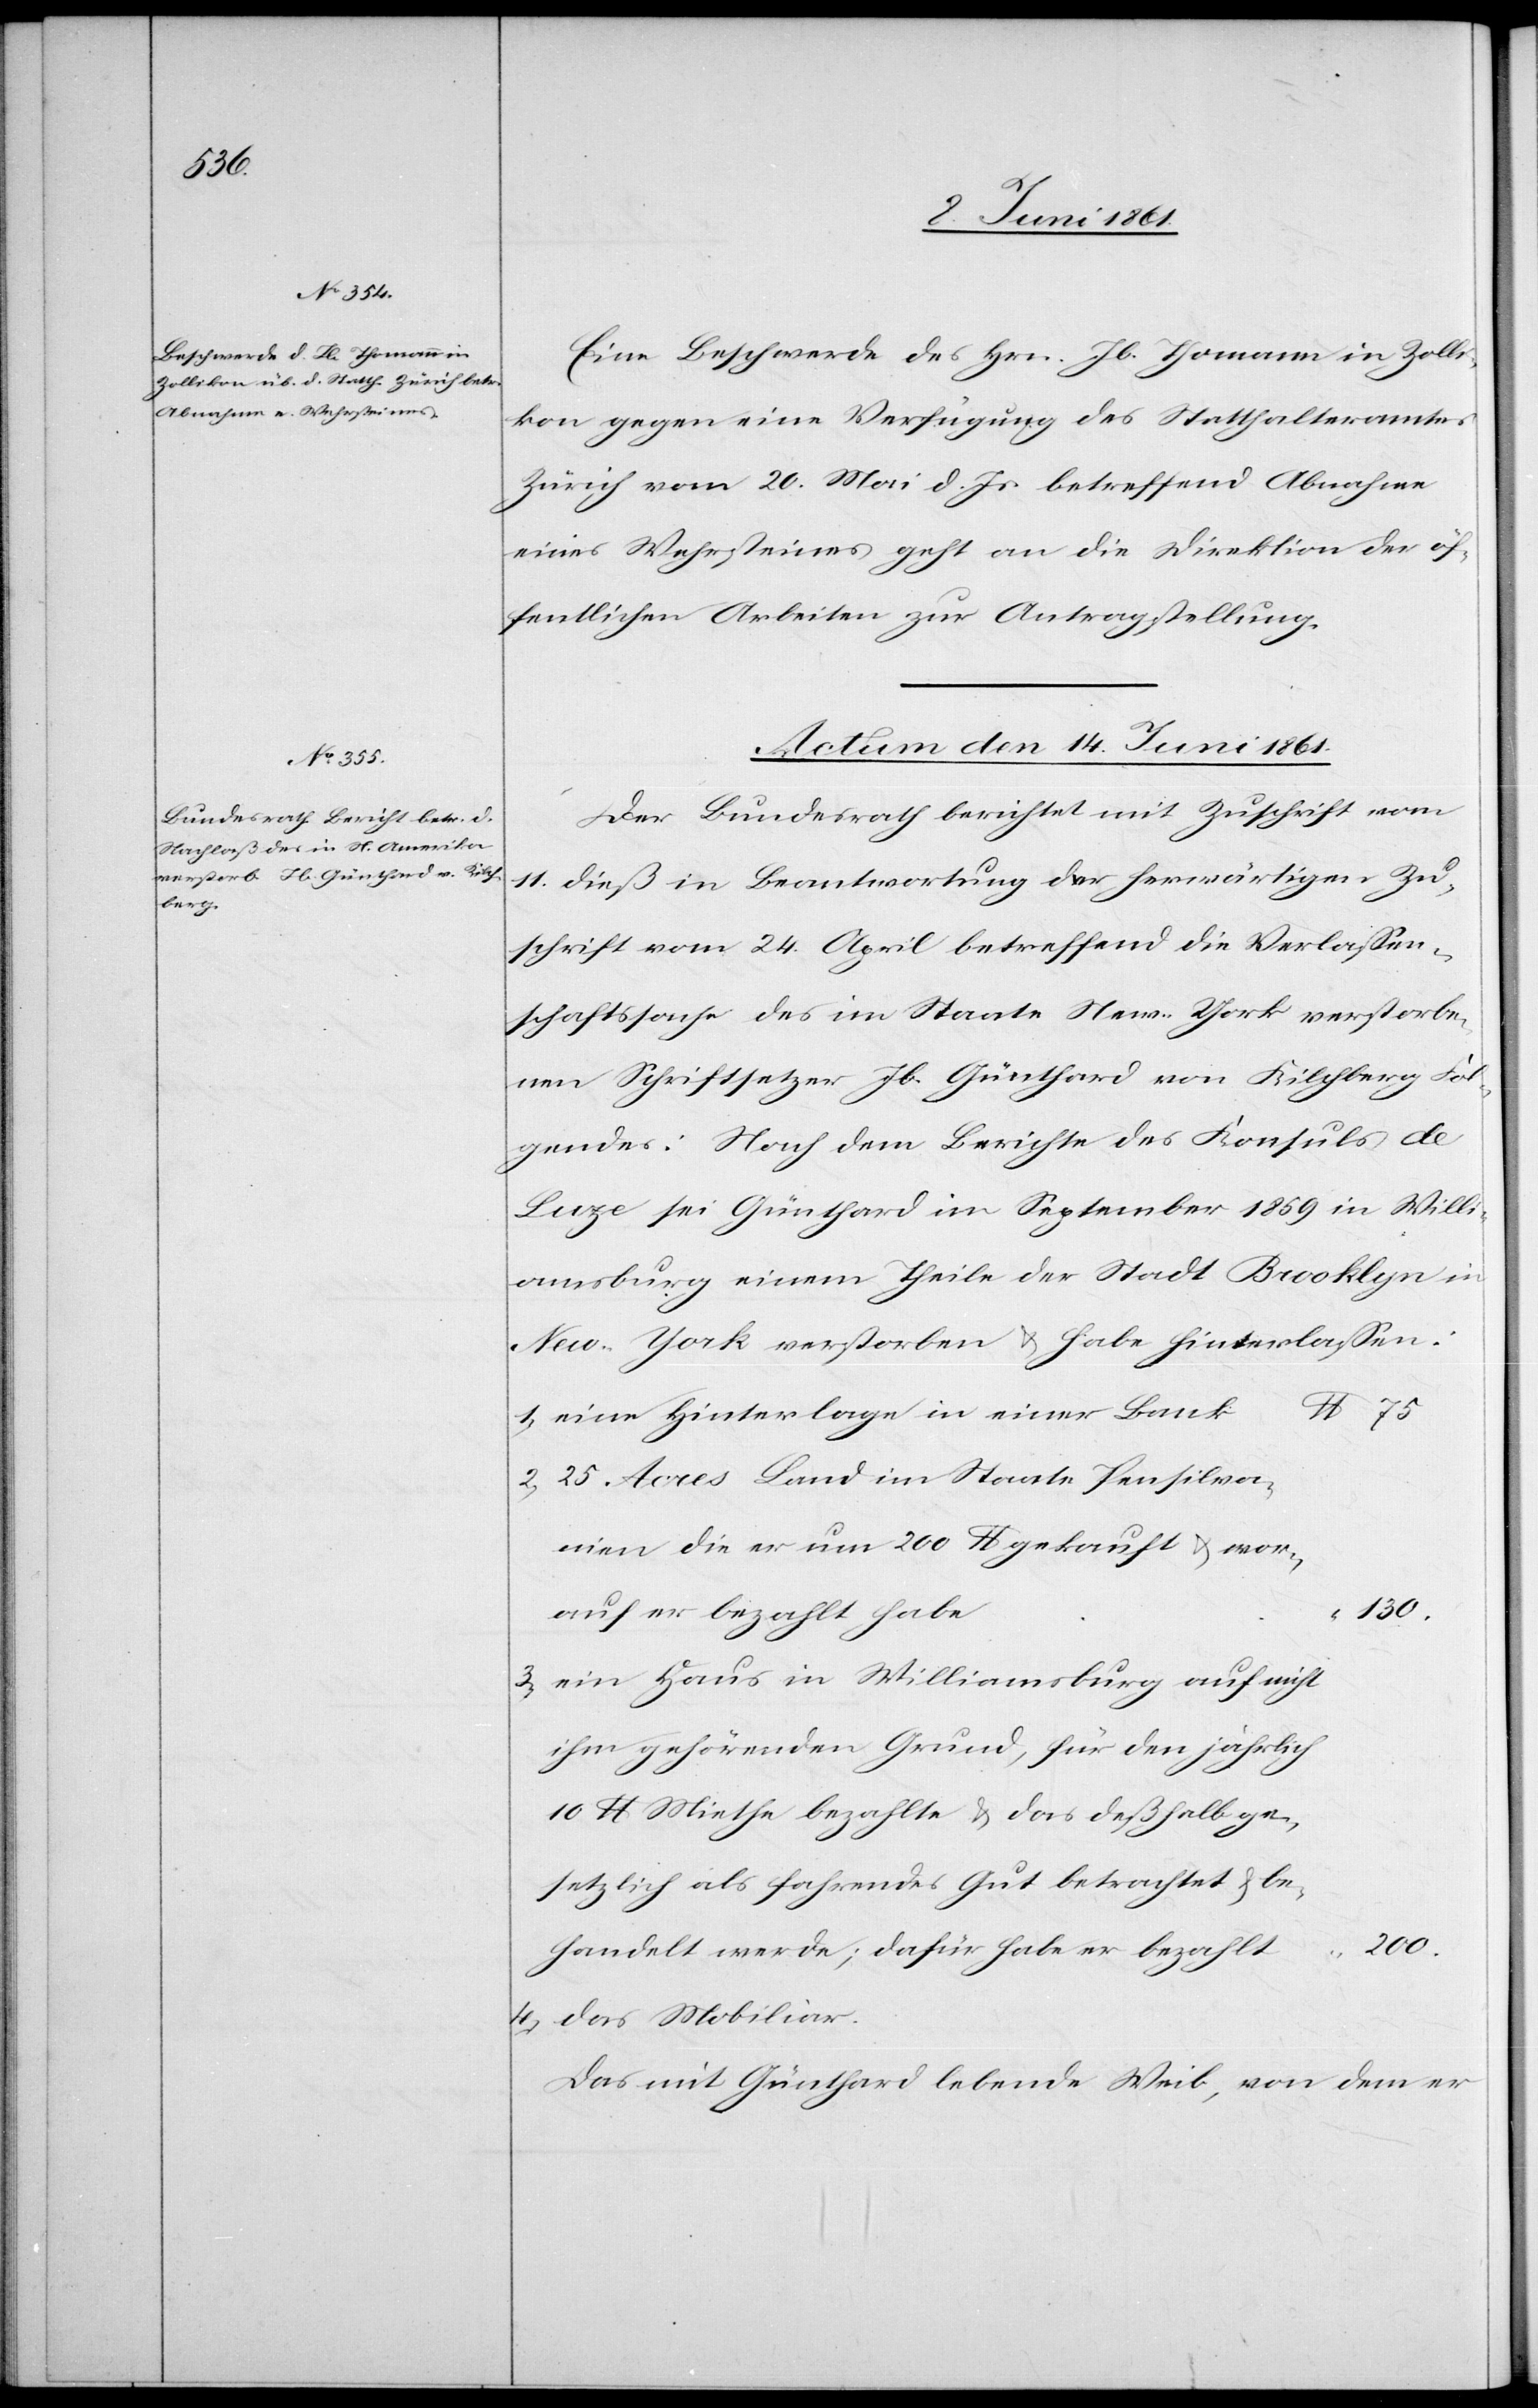
Eine Beschwerde des Hrn. Jb. Thomann in Zolli¬
kon gegen eine Verfügung des Statthalteramtes
Zürich vom 20. Mai d. Js. betreffend Abnahme
eines Wehrsteines geht an die Direktion der öf¬
fentlichen Arbeiten zur Antragstellung.
Actum den 14. Juni 1861.
Der Bundesrath berichtet mit Zuschrift vom
11. dieß in Beantwortung der hierwärtigen Zu¬
schrift vom 24. April betreffend die Verlassun¬
gssache des im Staate New-York verstorbe¬
nen Schriftsetzer Jb. Günthard von Kilchberg Fol¬
gendes: Nach dem Berichte des Konsuls de
Luze sei Günthard im September 1859 in Willi¬
amsburg einem Theile der Stadt Brooklyn in
New-York verstorben u. habe hinterlassen:
1. eine Hinterlage in einer Bank
2. 25 Acres Land im Staate Pensilva¬
nien die er um 200 $ gekauft u. wor¬
130.
auf er bezahlt habe
3. ein Haus in Williamsburg auf nicht
ihm gehörenden Grund, für den jährlich
10 $ Miethe bezahlte u. das deßhalb ge¬
setzlich als fahrendes Gut betrachtet u. be¬
200
handelt werde, dafür habe er bezahlt
4. das Mobiliar.
Das mit Günthard lebende Weib, von dem er